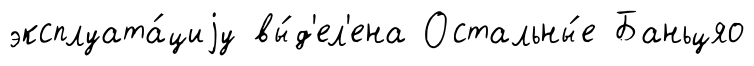
эксплуата́циjу вы́д'ел'ена Остальны́е Баньцяо